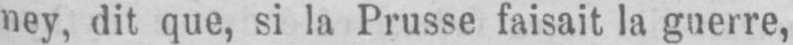
ney, dit que, si la Prusse faisait la guerre,